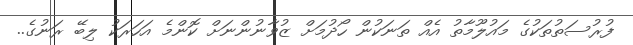
ފުރުސަތުތަކުގެ މައުލޫމާތު އެއް ތަނަކުން ހޯދުމަށް ޒުވާނުންނަށް ކޮންމެ އަހަރަކު ލިބޭ ރަނުގެ..